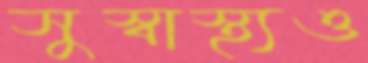
সুস্বাস্থ্যও